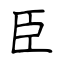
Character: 臣